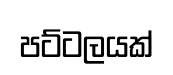
පට්ටලයක්